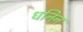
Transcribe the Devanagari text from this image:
धनिन